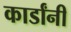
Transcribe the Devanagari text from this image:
कार्डांनी